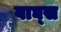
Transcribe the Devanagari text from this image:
वाघ्स